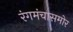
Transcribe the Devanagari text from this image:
रंगमंचासमोर